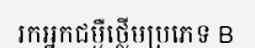
រកអ្នកជម្ងឺថ្លើមប្រភេទ B